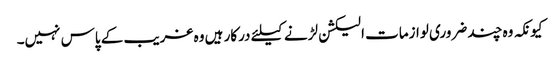
کیونکہ وہ چند ضروری لوازمات الیکشن لڑنے کیلئے درکار ہیں وہ غریب کے پاس نہیں۔